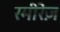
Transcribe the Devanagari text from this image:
रमीरेज़